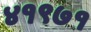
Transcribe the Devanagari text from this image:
४१९७१